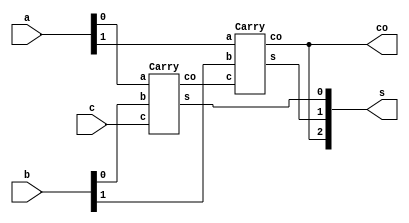
module CLA(a,b,c,s,co);
	input [1:0] a,b;
	input [0:0] c;
	output [2:0] s;
	output [0:0] co;
	wire [0:0] cx0;
	Carry c1(.a(a[0:0]), .b(b[0:0]), .c(c[0:0]), .s(s[0:0]), .co(cx0[0:0]));
	Carry c2(.a(a[1:1]), .b(b[1:1]), .c(cx0[0:0]), .s(s[1:1]), .co(s[2:2]));
	assign co[0:0] = s[2:2];
endmodule

module Oracle(a,k,enca);
	input [1:0] a;
	input [1:0] k;
	output [1:0] enca;
	assign enca[1:0] = a[1:0] ^ k[1:0];
endmodule

module Carry(a,b,c,s,co);
	input [0:0] a;
	input [0:0] b;
	input [0:0] c;
	output [0:0] s;
	output [0:0] co;
	wire [0:0] out1, out2, out3, out4;
	assign out1 = a & b;
	assign out2 = a ^ b;
	assign out3 = out2 & c;
	assign co = out3 | out1;
	assign out4 = a ^ b;
	assign s = out4 ^ c;
endmodule

 module FullAdder;
	reg [1:0] a;
	reg [1:0] b;
	reg [0:0] c;
	reg [1:0] k;
	wire [1:0] enca;
	wire [2:0] s;
	wire [0:0] co;
	Oracle ora (.a(a), .k(k), .enca(enca));
	CLA cla (.a(enca), .b(b), .c(c), .s(s), .co(co));
	initial begin
	k='b10;
  	a=2;
  	b=3;
  	c=0;
  	$dumpfile(" 10.vcd");
	$dumpvars;
	end
endmodule